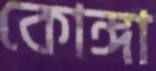
কোঙ্গা